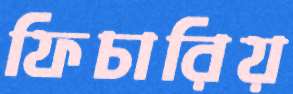
ফিচারিয়